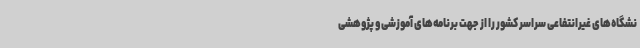
نشگاه‌های غیرانتفاعی سراسر کشور را از جهت برنامه‌های آموزشی و پژوهشی